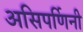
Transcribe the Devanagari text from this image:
असिपर्णिनी